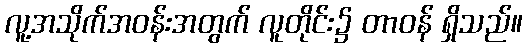
လူ့အသိုက်အဝန်းအတွက် လူတိုင်း၌ တာဝန် ရှိသည်။